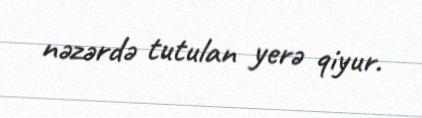
nəzərdə tutulan yerə qiyur.